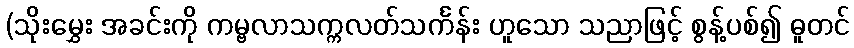
(သိုးမွှေး အခင်းကို ကမ္ဗလာသက္ကလတ်သင်္ကန်း ဟူသော သညာဖြင့် စွန့်ပစ်၍ ဓူတင်